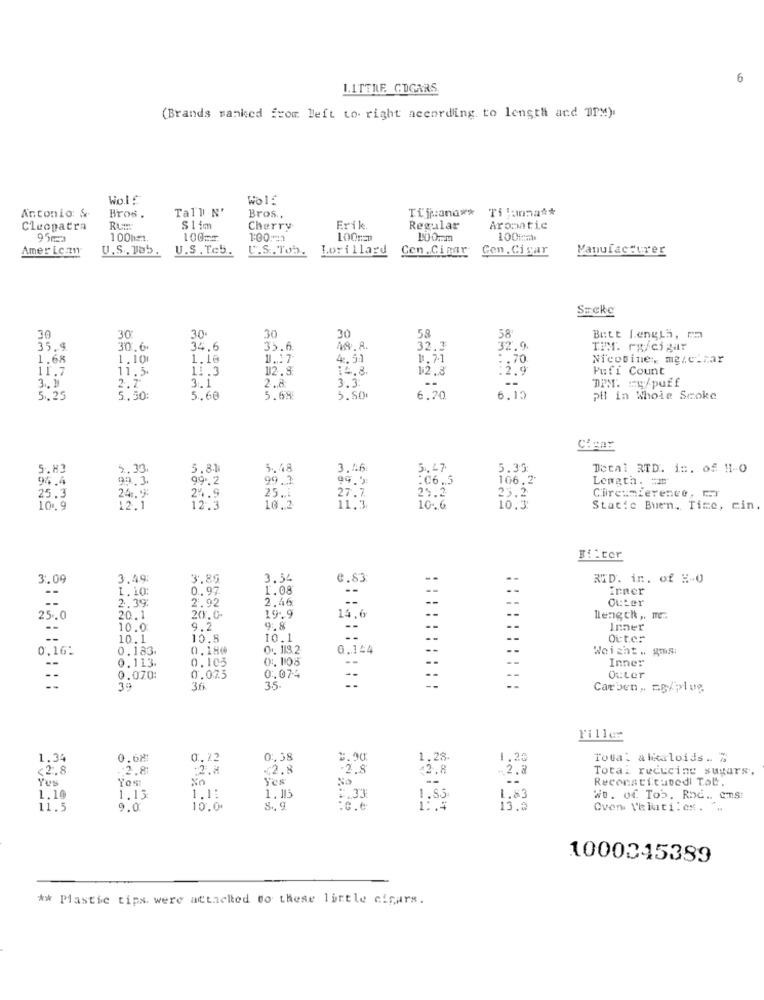
6
LITTRE COGARS.
(Brands ranked from left to right according to length and TPM).
Wolf
Wolf
Antonio: &
Tall N'
Tijuana ** Tilunna **
Bros .
Bros ..
Cleopatra
Rum
S1 im
Cherry
Erik.
Regular
Aromatic
100hm.
1:00:1
100mm
Amer Lc:zn
U.S ., Tab.
U.S. Te5.
U.S. Tob.
Lorillard Cen.Cinar Cen. Cigar
Manufacturer
Smoke
58
30
30
30.
30
30
58
Butt Length,
35.9
30,6
34.6
35.6
32.3
32.9.
THE. rw/cigar
1.68
1.10
1.18
U .: 7
4.51
11.71
.. 70.
Nicotine, mg.cimar
11.7
11.5.
11.3
12.3
14.8.
12.8
:2.9
Pufi Count
2.7
3.1
2.8
3.3:
DPM. 29/puff
5.25
5,50:
5.60
5.68
5.50
6.20
6.15
pil in Whoie Scoke
Clear
5.83
3,33.
5.81
3.48
3.46:
5.47
5.35:
Total RID. i :. of 11-0
94.4
99.3
99 .. 2
99.3
94.0:
.06.5
106.2
Length. =
25.2
Circumference,
25.3
24.9
24.9
25.1
27.7
25.2
10 .. 9
12.1
12.3
10.2
11:3
10.6
10,3
Static Buen .. Tice, cin
Filter
3.09
3.49:
3.89
3.34
0.83
RID. in. of E-0
1.10
0.97
1.08
inner
--
2.39:
2.46
CtLer
2.92
25.0
20.1
20.0
19.9
14.
length ,. IC ..
10.0
9.2
9:8
Inner
10.1
10.8
10.1
--
Outer
0,16:
0.183.
0.180
0. 113.2
0.144
Weight .. gms:
0 :. 108
Inner
0.113.
0.105
--
0.070:
0.075
0.074
Outer
39
36.
35
: :::::::::
Carben ,. = 8/plug
Filler
1.34
0.68:
0.12
0.38
1.28.
1.26
Total a licaloids .. 7
<2.8
2.81
2.H
<2.8
.2.8
42.8
-. 2.8
Total reducing sugars,
Yes
Yos
Yes
No
--
Reconstitutedi Tol.
1.13
1.10
1.13
1.1:
1,53
1.83
No. of. Tob. Rbd .. Cm.S!
11.5
9.0
10.00
:c.e
13.3
Oven Veliti.C .. .
1000345389
** Plastic tips. were attacked do these little cigars.